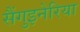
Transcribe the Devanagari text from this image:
सैंगुइनेरिया